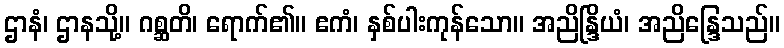
ဌာနံ၊ ဌာနသို့။ ဂစ္ဆတိ၊ ရောက်၏။ ဧကံ၊ နှစ်ပါးကုန်သော။ အညိန္ဒြိယံ၊ အညိန္ဒြေသည်။